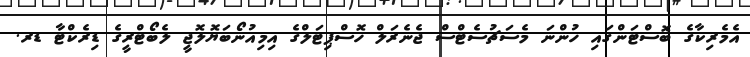
އެމެރިކާގެ ބޮސްޓަންގައި ހުންނަ މެސަޗުސެޓްސް ޖެނެރަލް ހޮސްޕިޓަލްގެ އިމިއުނޯބަޔޮލޮޖީ ލެބޯޓްރީގެ ޑިރެކްޓާ ޑރ.